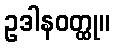
ဥဒါနဝတ္ထု။